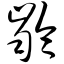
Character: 龄